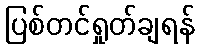
ပြစ်တင်ရှုတ်ချရန်